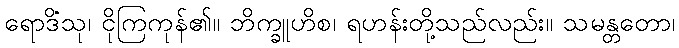
ရောဒိံသု၊ ငိုကြကုန်၏။ ဘိက္ခူဟိစ၊ ရဟန်းတို့သည်လည်း။ သမန္တတော၊